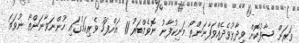
ވަރަށް ސާފުކޮށް ވިދާޅުވެދެއްވަފާނަންތޯ މަނިކުފާނު ނޮވެމްބަރު 11 އަށްފަހު ވެރިކަމުގައި ހުންނަވާނަންތޯ ނުވަތަ